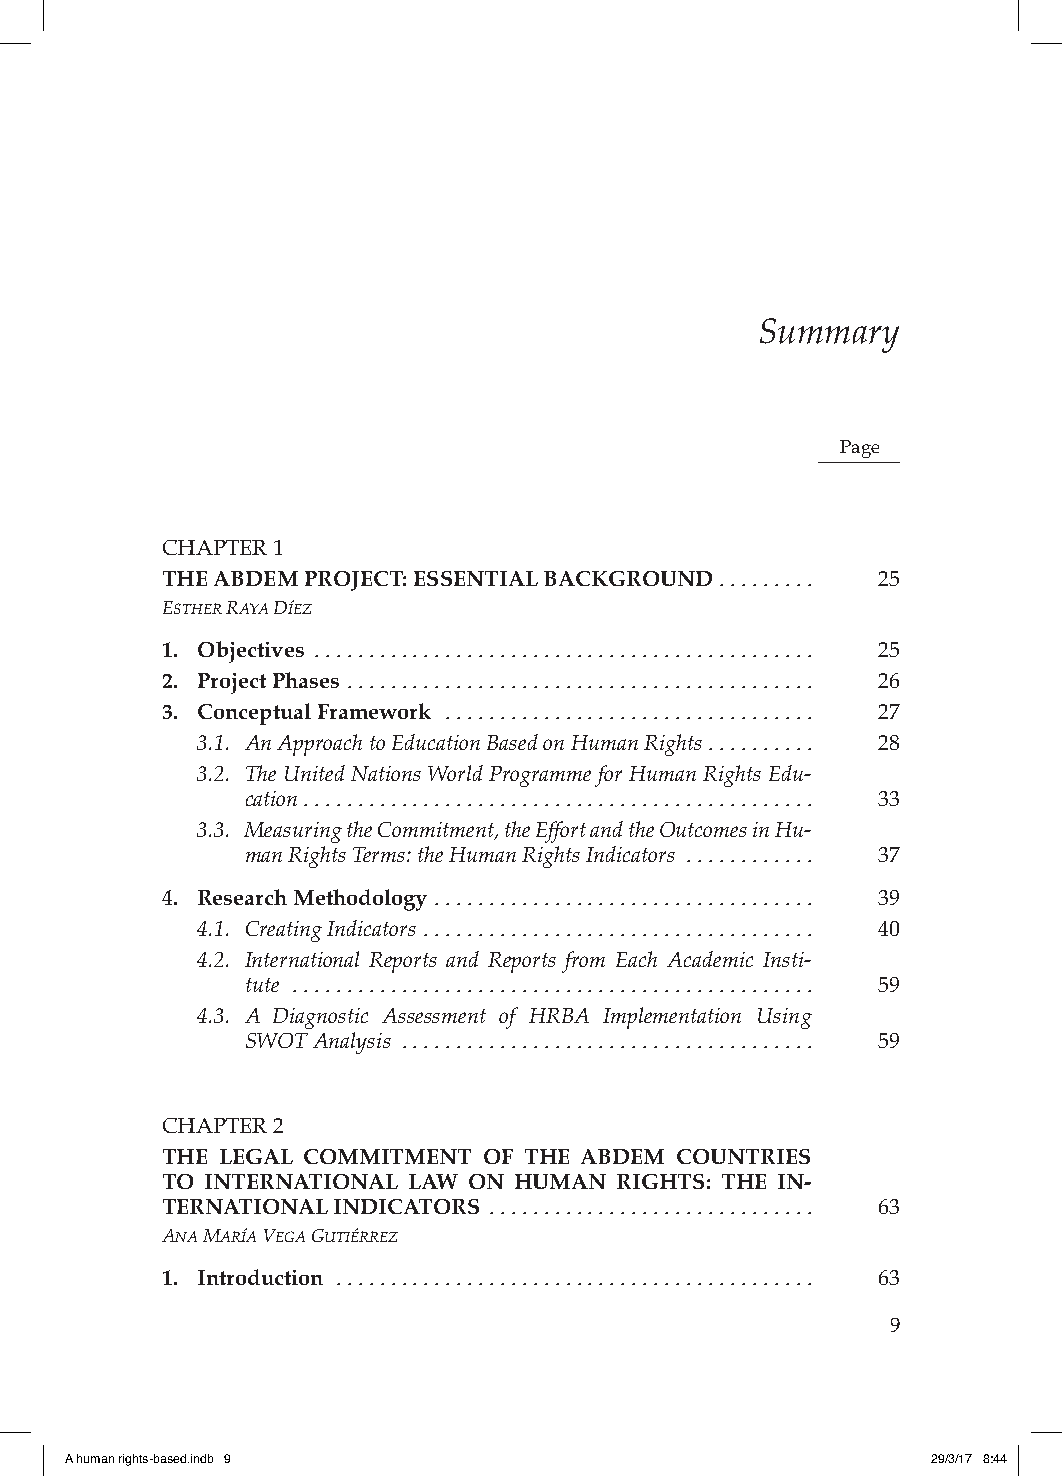
SUMARIO
 Summary
 Page
 CHAPTER 1
 THE ABDEM PROJECT: ESSENTIAL BACKGROUND ......... 25
 EsthEr raya DíEz
 1. Objectives .............................................. 25
 2. Project Phases ........................................... 26
 3. Conceptual Framework .................................. 27
 3.1. An Approach to Education Based on Human Rights .......... 28
 3.2. The United Nations World Programme for Human Rights Edu-
 cation ............................................... 33
 3.3. Measuring the Commitment, the Effort and the Outcomes in Hu-
 man Rights Terms: the Human Rights Indicators ............ 37
 4. Research Methodology ................................... 39
 4.1. Creating Indicators .................................... 40
 4.2. International Reports and Reports from Each Academic Insti-
 tute ................................................ 59
 4.3. A Diagnostic Assessment of HRBA Implementation Using
 SWOT Analysis ...................................... 59
 CHAPTER 2
 THE LEGAL COMMITMENT OF THE ABDEM COUNTRIES
 TO INTERNATIONAL LAW ON HUMAN RIGHTS: THE IN-
 TERNATIONAL INDICATORS .............................. 63
 ana María VEga gutiérrEz
 1. Introduction ............................................ 63
 9
 A human rights-based.indb 9                               29/3/17 8:44